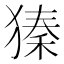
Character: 獉